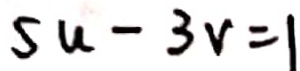
5 u - 3 v = 1